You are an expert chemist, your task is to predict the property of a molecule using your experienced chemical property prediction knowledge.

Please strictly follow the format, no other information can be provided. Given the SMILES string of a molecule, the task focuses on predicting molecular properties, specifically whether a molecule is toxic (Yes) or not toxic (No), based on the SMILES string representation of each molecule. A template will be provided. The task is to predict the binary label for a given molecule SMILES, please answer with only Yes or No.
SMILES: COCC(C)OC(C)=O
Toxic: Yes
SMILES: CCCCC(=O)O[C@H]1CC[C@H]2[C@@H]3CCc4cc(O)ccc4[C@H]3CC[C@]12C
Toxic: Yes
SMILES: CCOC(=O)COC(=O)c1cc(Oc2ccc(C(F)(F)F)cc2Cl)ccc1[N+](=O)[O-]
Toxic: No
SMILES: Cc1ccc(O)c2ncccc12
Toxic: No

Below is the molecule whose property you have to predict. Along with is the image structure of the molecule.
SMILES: O=C(O)C1CCCN1
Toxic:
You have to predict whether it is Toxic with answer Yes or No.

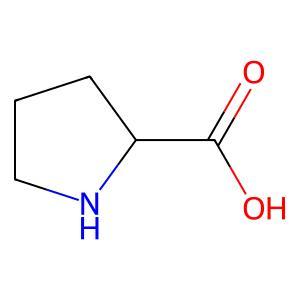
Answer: No